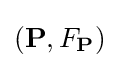
({\mathbf {P} },F_{\mathbf {P} })